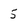
Character: 5